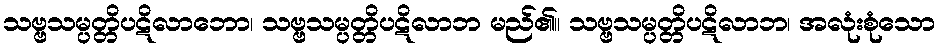
သဗ္ဗသမ္ပတ္တိပဋိလာဘော၊ သဗ္ဗသမ္ပတ္တိပဋိလာဘ မည်၏။ သဗ္ဗသမ္ပတ္တိပဋိလာဘ၊ အလုံးစုံသော